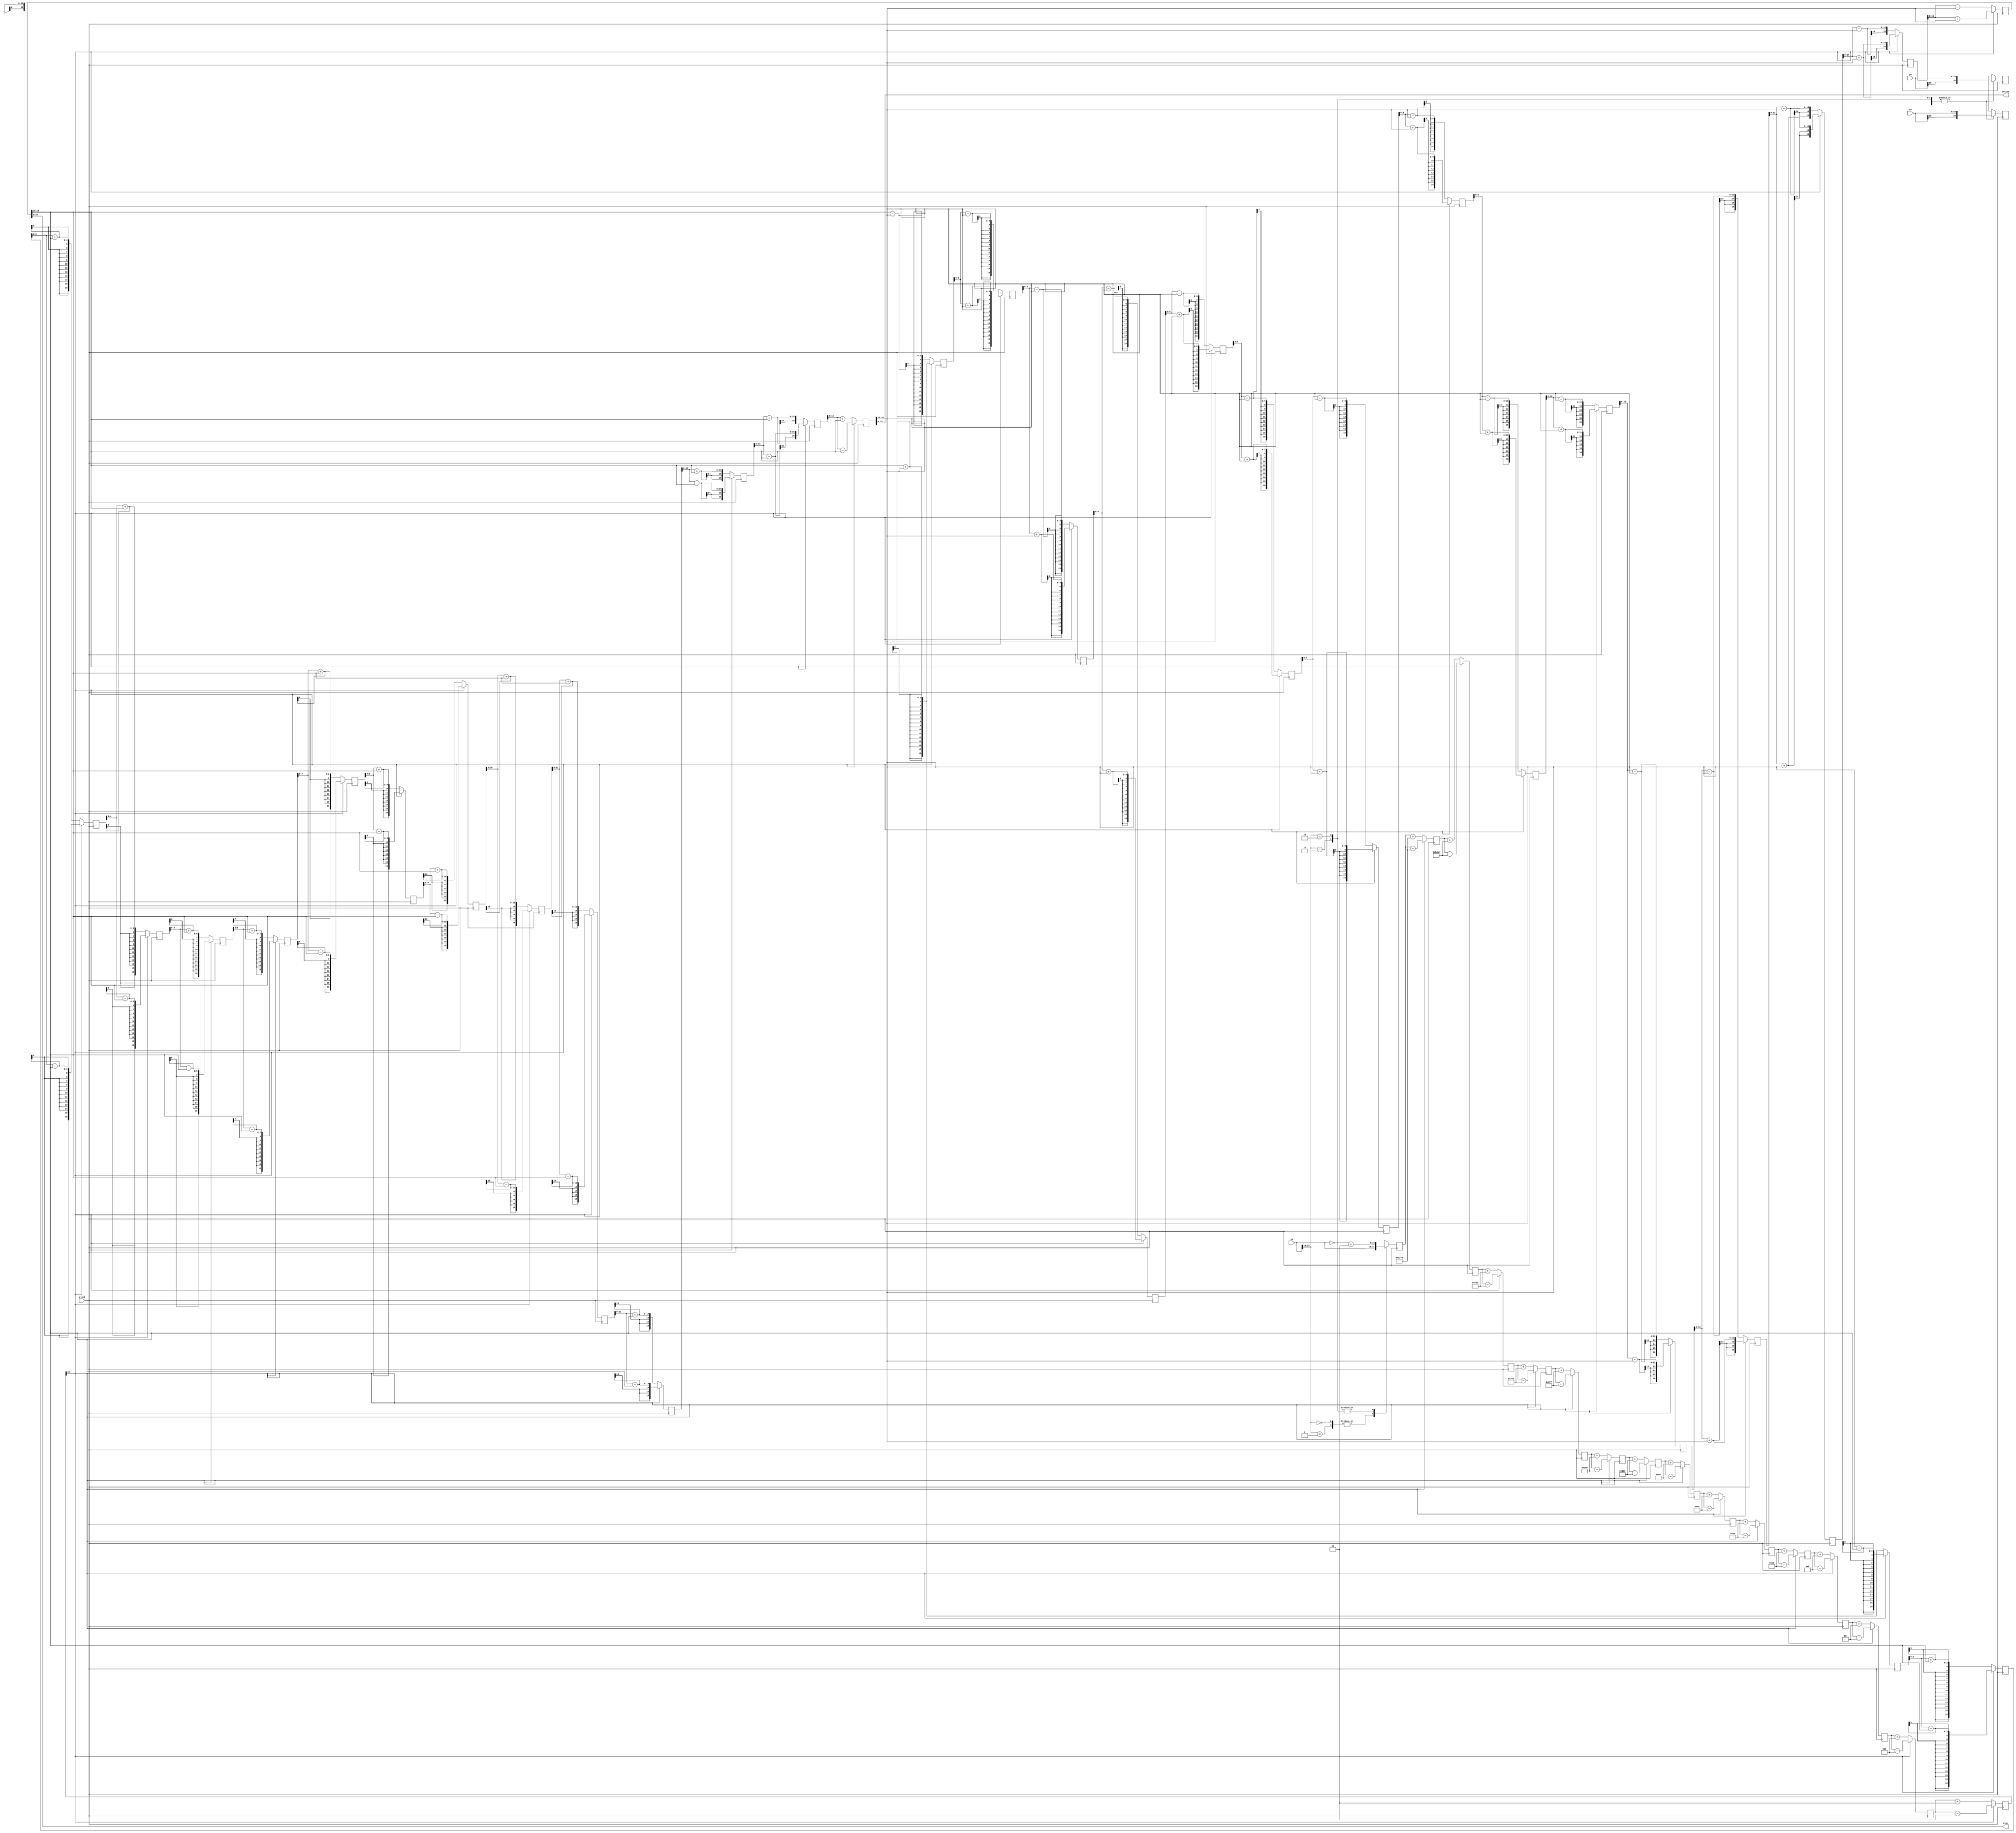
module cordic(clock,cosine,sine,x0,y0,z0);

    input clock; 
    input signed [15:0] x0,y0;
    input signed [15:0] z0;
    output signed [15:0] sine, cosine; 


    wire signed [15:0] ROM [0:14];
                          
    assign ROM[00] = 'b0011001001000100; // 45.000 degrees -> atan(2^0)
    assign ROM[01] = 'b0001110110101100; // 26.565 degrees -> atan(2^-1)
    assign ROM[02] = 'b0000111110101110; // 14.036 degrees -> atan(2^-2)
    assign ROM[03] = 'b0000011111110101; // atan(2^-3)
    assign ROM[04] = 'b0000001111111111;
    assign ROM[05] = 'b0000001000000000;
    assign ROM[06] = 'b0000000100000000;
    assign ROM[07] = 'b0000000010000000;
    assign ROM[08] = 'b0000000001000000;
    assign ROM[09] = 'b0000000000100000;
    assign ROM[10] = 'b0000000000010000;
    assign ROM[11] = 'b0000000000001000;
    assign ROM[12] = 'b0000000000000100;
    assign ROM[13] = 'b0000000000000010;
    assign ROM[14] = 'b0000000000000001;
  //assign ROM[15] = 'b0000000000000000;
  
    reg signed [16:0] x [15:0];
    reg signed [16:0] y [15:0];
    reg signed [16:0] z [15:0];
    

    wire [1:0] quadrant;
    assign quadrant = z0[15:14];
  
    always @(posedge clock)
    begin // make sure the rotation z0 is in the -pi/2 to pi/2 range
      case(quadrant)
        2'b00,2'b01: 
        begin
          x[0] <= x0;
          y[0] <= y0;
          z[0] <= z0;
        end
  
        2'b10, 2'b11:
        begin
          z[0] <= ~z0 + 1;
          x[0] <= x0;
          y[0] <= y0;
         // z[0] <= {2'b00,z0[13:0]}; // subtract pi/2 for z0 in this quadrant  
        end
  
      endcase
    end
    

    genvar i; 
    generate
    
    wire z_signed;
    wire signed [16:0] x_shr,y_shr;
    
    for (i=0;i<16;i=i+1) begin
    
        assign z_signed = z[i][15]; 
        assign x_shr = x[i]>>>i;
        assign y_shr = y[i]>>>i;
        
        always @(posedge clock)
        
        begin 
            x[i+1] = z_signed? x[i]+y_shr : x[i]-y_shr;
            y[i+1] = z_signed? y[i]-x_shr : y[i]+x_shr;
            z[i+1] = z_signed? z[i]-(ROM[i]) : z[i]+(ROM[i]);
   
        end
    end
    endgenerate

    assign sine = x[15];
    assign cosine = y[15];

endmodule